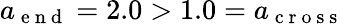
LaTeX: a_{\mathrm{~e~n~d~}}=2.0>1.0=a_{\mathrm{~c~r~o~s~s~}}